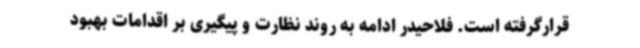
قرارگرفته است. فلاحیدر ادامه به روند نظارت و پیگیری بر اقدامات بهبود